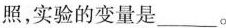
照，实验的变量是___。